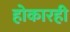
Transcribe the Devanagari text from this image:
होकारही